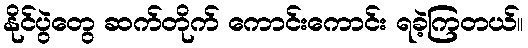
နိုင်ပွဲတွေ ဆက်တိုက် ကောင်းကောင်း ရခဲ့ကြတယ်။